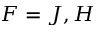
F = J , H